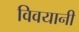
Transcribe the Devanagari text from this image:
विवयानी